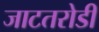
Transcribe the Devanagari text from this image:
जाटतरोडी